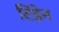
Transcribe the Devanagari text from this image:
टिंडेन